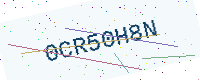
Text: 0CR50H8N